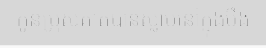
កូនប្រុសគាត់បានស្លាប់នៅក្នុងបឹង